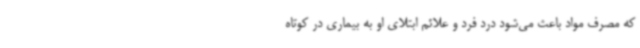
که مصرف مواد باعث می‌شود درد فرد و علائم ابتلای او به بیماری در کوتاه